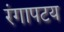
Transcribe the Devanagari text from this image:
रंगापटय